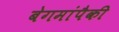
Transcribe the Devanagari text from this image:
बेगमांपैकी